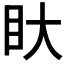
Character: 𭾚